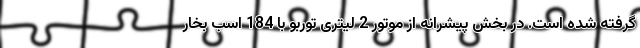
گرفته شده است. در بخش پیشرانه از موتور 2 لیتری توربو با 184 اسب بخار